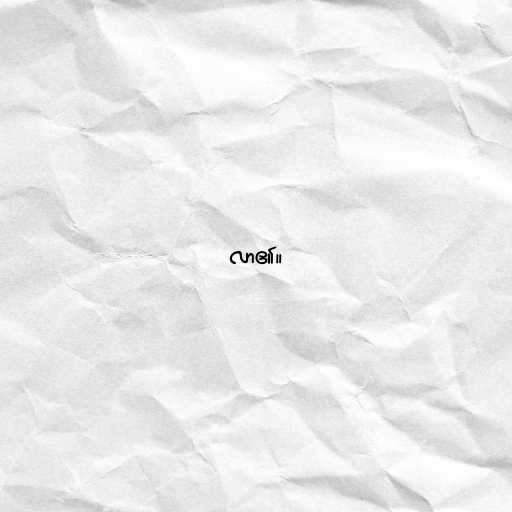
လာ၏။